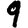
Digit: 9